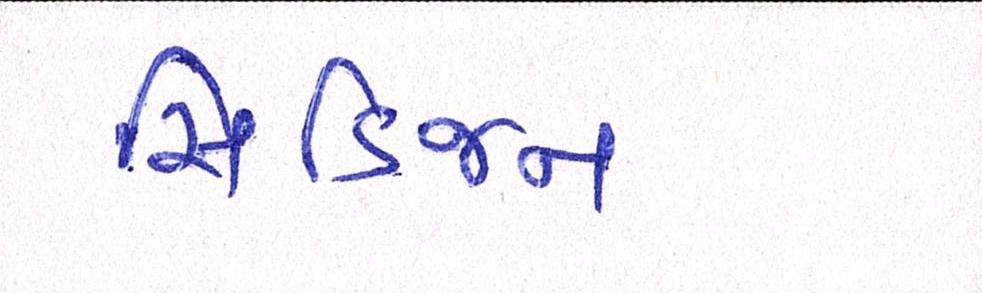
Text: સિટિજન